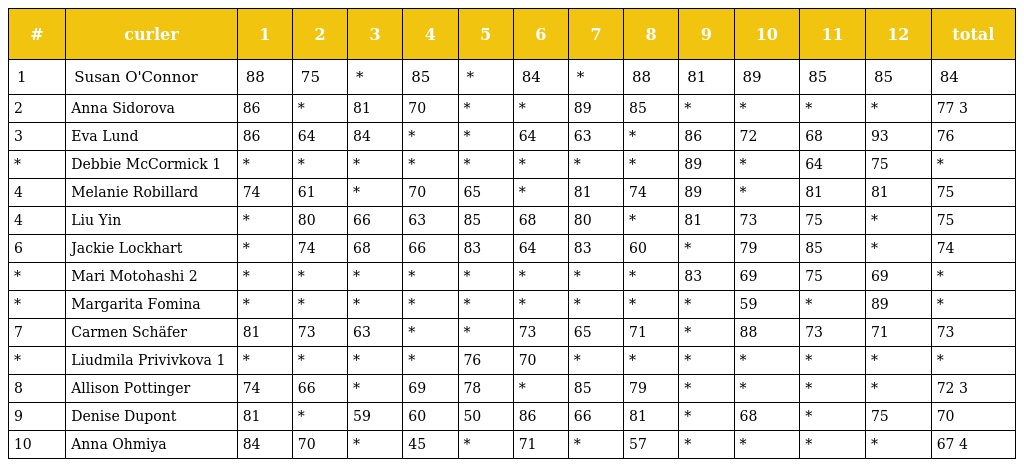
| # | curler | 1 | 2 | 3 | 4 | 5 | 6 | 7 | 8 | 9 | 10 | 11 | 12 | total |
 | --- | --- | --- | --- | --- | --- | --- | --- | --- | --- | --- | --- | --- | --- | --- |
 | 1 | Susan O'Connor | 88 | 75 | * | 85 | * | 84 | * | 88 | 81 | 89 | 85 | 85 | 84 |
 | 2 | Anna Sidorova | 86 | * | 81 | 70 | * | * | 89 | 85 | * | * | * | * | 77 3 |
 | 3 | Eva Lund | 86 | 64 | 84 | * | * | 64 | 63 | * | 86 | 72 | 68 | 93 | 76 |
 | * | Debbie McCormick 1 | * | * | * | * | * | * | * | * | 89 | * | 64 | 75 | * |
 | 4 | Melanie Robillard | 74 | 61 | * | 70 | 65 | * | 81 | 74 | 89 | * | 81 | 81 | 75 |
 | 4 | Liu Yin | * | 80 | 66 | 63 | 85 | 68 | 80 | * | 81 | 73 | 75 | * | 75 |
 | 6 | Jackie Lockhart | * | 74 | 68 | 66 | 83 | 64 | 83 | 60 | * | 79 | 85 | * | 74 |
 | * | Mari Motohashi 2 | * | * | * | * | * | * | * | * | 83 | 69 | 75 | 69 | * |
 | * | Margarita Fomina | * | * | * | * | * | * | * | * | * | 59 | * | 89 | * |
 | 7 | Carmen Schäfer | 81 | 73 | 63 | * | * | 73 | 65 | 71 | * | 88 | 73 | 71 | 73 |
 | * | Liudmila Privivkova 1 | * | * | * | * | 76 | 70 | * | * | * | * | * | * | * |
 | 8 | Allison Pottinger | 74 | 66 | * | 69 | 78 | * | 85 | 79 | * | * | * | * | 72 3 |
 | 9 | Denise Dupont | 81 | * | 59 | 60 | 50 | 86 | 66 | 81 | * | 68 | * | 75 | 70 |
 | 10 | Anna Ohmiya | 84 | 70 | * | 45 | * | 71 | * | 57 | * | * | * | * | 67 4 |